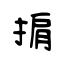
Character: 掮